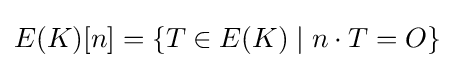
E(K)[n]=\{T\in E(K)\mid n\cdot T=O\}